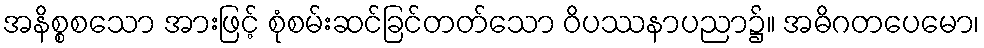
အနိစ္စစသော အားဖြင့် စုံစမ်းဆင်ခြင်တတ်သော ဝိပဿနာပညာ၌။ အဓိဂတပေမော၊